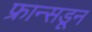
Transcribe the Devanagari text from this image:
फ्रान्सडून